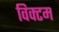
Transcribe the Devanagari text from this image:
विक्टम